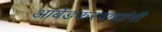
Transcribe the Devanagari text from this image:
आंबेडकरवाद्यांनी